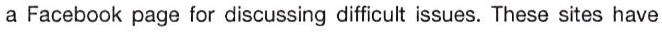
a Facebook page for discussing difficult issues. These sites have